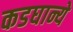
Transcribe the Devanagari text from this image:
कडघान्ये